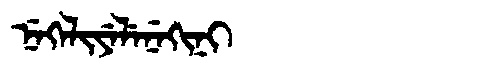
Manchu: ᠨᡝᡴᡝᠯᡳᠶᡝᠯᡝᠨᡝᡴᡳᠨᡳ
Romanization: NEKELIYELENEKINI